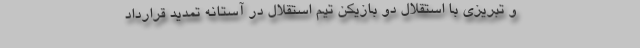
و تبریزی با استقلال دو بازیکن تیم استقلال در آستانه تمدید قرارداد